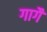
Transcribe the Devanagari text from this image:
गागैं